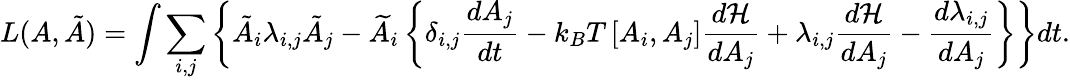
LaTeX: L(A,{\tilde{A}})=\int\sum_{i,j}\left\{ {\tilde{A}}_{i}\lambda_{i,j}{\tilde{A}}_{j}-{\widetilde{A}}_{i}\left\{ \delta_{i,j}{\frac{dA_{j}}{dt}}-k_{B}T\left[A_{i},A_{j}\right]{\frac{d{\mathcal{H}}}{dA_{j}}}+\lambda_{i,j}{\frac{d{\mathcal{H}}}{dA_{j}}}-{\frac{d\lambda_{i,j}}{dA_{j}}}\right\} \right\} dt.